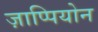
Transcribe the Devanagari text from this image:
ज़ाप्पियोन